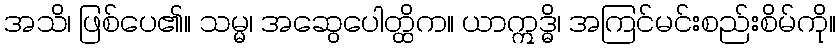
အသိ၊ ဖြစ်ပေ၏။ သမ္မ၊ အဆွေပေါတ္ထိက။ ယာဣဒ္ဓိ၊ အကြင်မင်းစည်းစိမ်ကို။